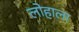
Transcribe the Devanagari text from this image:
लोहाला